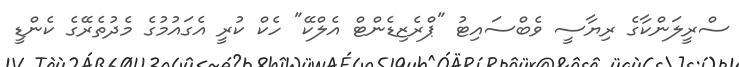
ސްރީލަންކާގެ ރިޔާސީ ވެބްސައިޓު "ޕްރެޒިޑެންޓް އެލްކޭ" ހެކް ކުރީ އެގައުމުގެ މެދުތެރޭގެ ކެންޑީ